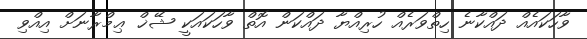
ވާހަކައެއް ދައްކާނެ ހިތްވަރެއް ހުރިއްޔާ ދައްކަން އޮތް ވާހަކައަކީ ޝޭޚް ޢިމްރާނަށް އިއްވި